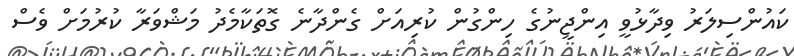
ކައުންސިލަރު ވިދާޅުވީ އިންޖީނުގެ ހިންގުން ކުރިއަށް ގެންދާނެ ގޮތަކާމެދު މަޝްވަރާ ކުރުމަށް ވެސް